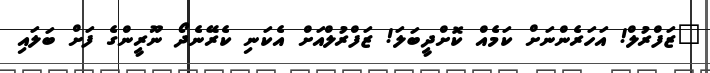
"ޒަފްރުލް! އަހަރެންނަށް ކަމެއް ކޮށްދީބަލަ! ޒަފްރުލްއަށް އެކަނި ކެރޭނެދޯ ނޫރީންގެ ފަށް ބަލައި